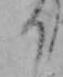
り